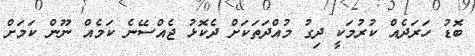
ބޮޑު ހަރަދެއް ކުރުމަކީ ދިގު މުއްދަތަކަށް ދެކޮޅު ޖެއްސޭނެ ކަމެއް ނޫން ކަމަށް